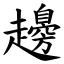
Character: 䟍